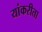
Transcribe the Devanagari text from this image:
यांकरीता